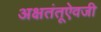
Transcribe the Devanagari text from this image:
अक्षतंतूऐवजी